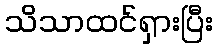
သိသာထင်ရှားပြီး